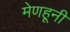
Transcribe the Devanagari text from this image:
मेणहूनी